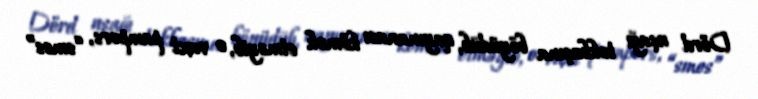
Dörd uşağı təkbaşına böyüdüb, qayınanası kömək etməyib, o vaxt pampers, “smes”